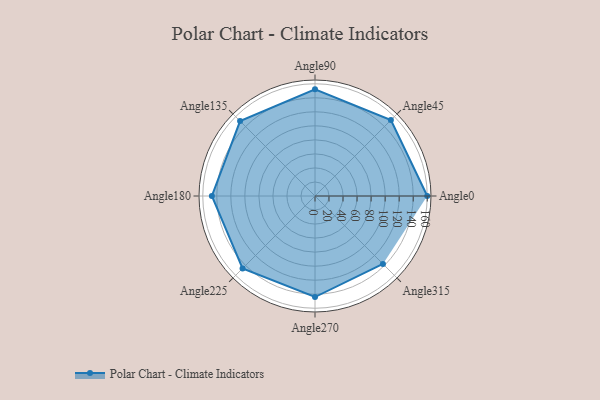
{"axis": {"x": "Angle", "y": "Radius"}, "legend": [""], "data": [{"x": "Angle0", "y": 160.0, "type": ""}, {"x": "Angle45", "y": 153.0, "type": ""}, {"x": "Angle90", "y": 152.0, "type": ""}, {"x": "Angle135", "y": 151.0, "type": ""}, {"x": "Angle180", "y": 147.0, "type": ""}, {"x": "Angle225", "y": 146.0, "type": ""}, {"x": "Angle270", "y": 144.0, "type": ""}, {"x": "Angle315", "y": 137.0, "type": ""}]}